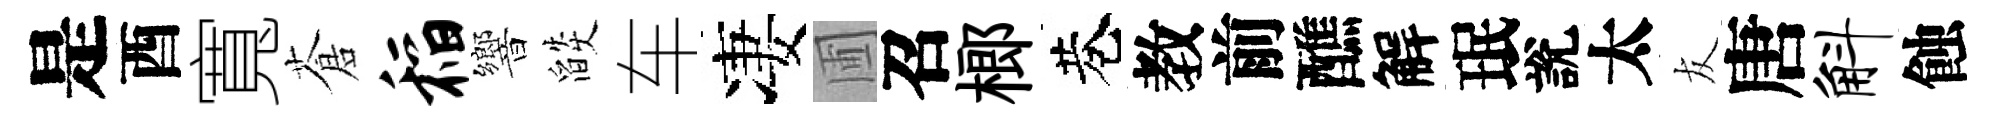
是酉寬蒼稻響燄车凄圃召榔巷教前醮解珉說太友唐斛蝕